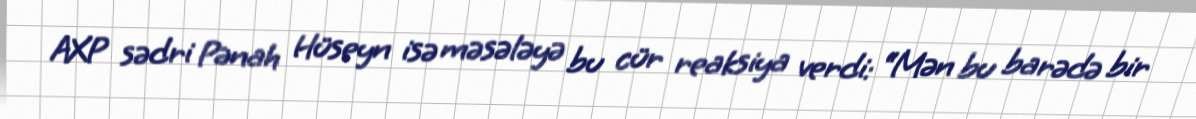
AXP sədri Pənah Hüseyn isə məsələyə bu cür reaksiya verdi: “Mən bu barədə bir